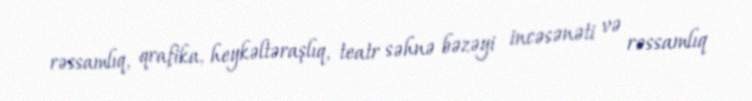
rəssamlıq, qrafika, heykəltəraşlıq, teatr səhnə bəzəyi incəsənəti və rəssamlıq